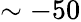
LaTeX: \sim-50